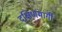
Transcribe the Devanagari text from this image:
दक्षिणमार्गी